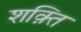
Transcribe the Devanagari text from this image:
शक़्ति